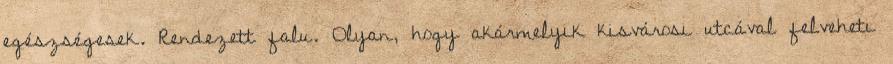
egészségesek. Rendezett falu. Olyan, hogy akármelyik kisvárosi utcával felveheti